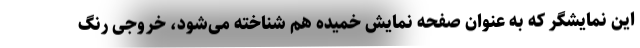
این نمایشگر که به عنوان صفحه نمایش خمیده هم شناخته می‌شود، خروجی رنگ